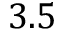
3 . 5